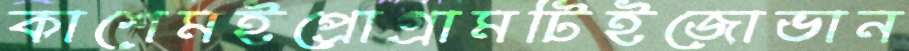
কাশেমইপ্রোগ্রামটিইজোভান